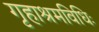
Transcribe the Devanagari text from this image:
गृहाश्रमविधिः